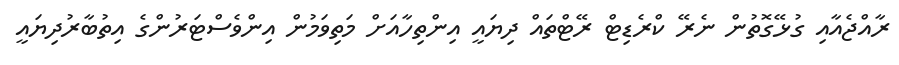
ރާއްޖެއާއި ގުޅޭގޮތުން ނެރޭ ކްރެޑިޓް ރޭޓްތައް ދިޔައީ އިންތިހާއަށް މަތިވަމުން އިންވެސްޓަރުންގެ އިތުބާރުދިޔައީ